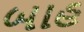
બાહ